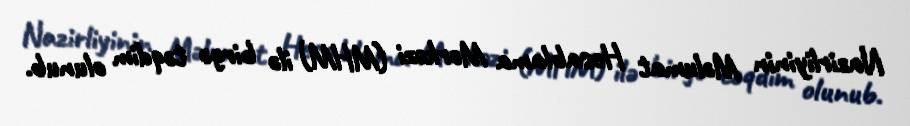
Nazirliyinin Məlumat Hesablama Mərkəzi (MHM) ilə birgə təqdim olunub.